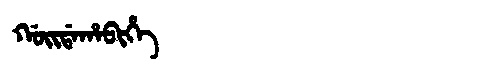
Manchu: ᡤᠣᡳᡩᠠᡥᠠᠪᡳᡥᡝ
Romanization: GOIDAHABIHE